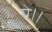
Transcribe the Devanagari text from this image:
ये।।